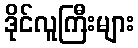
ဒိုင်လူကြီးများ